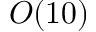
O ( 1 0 )